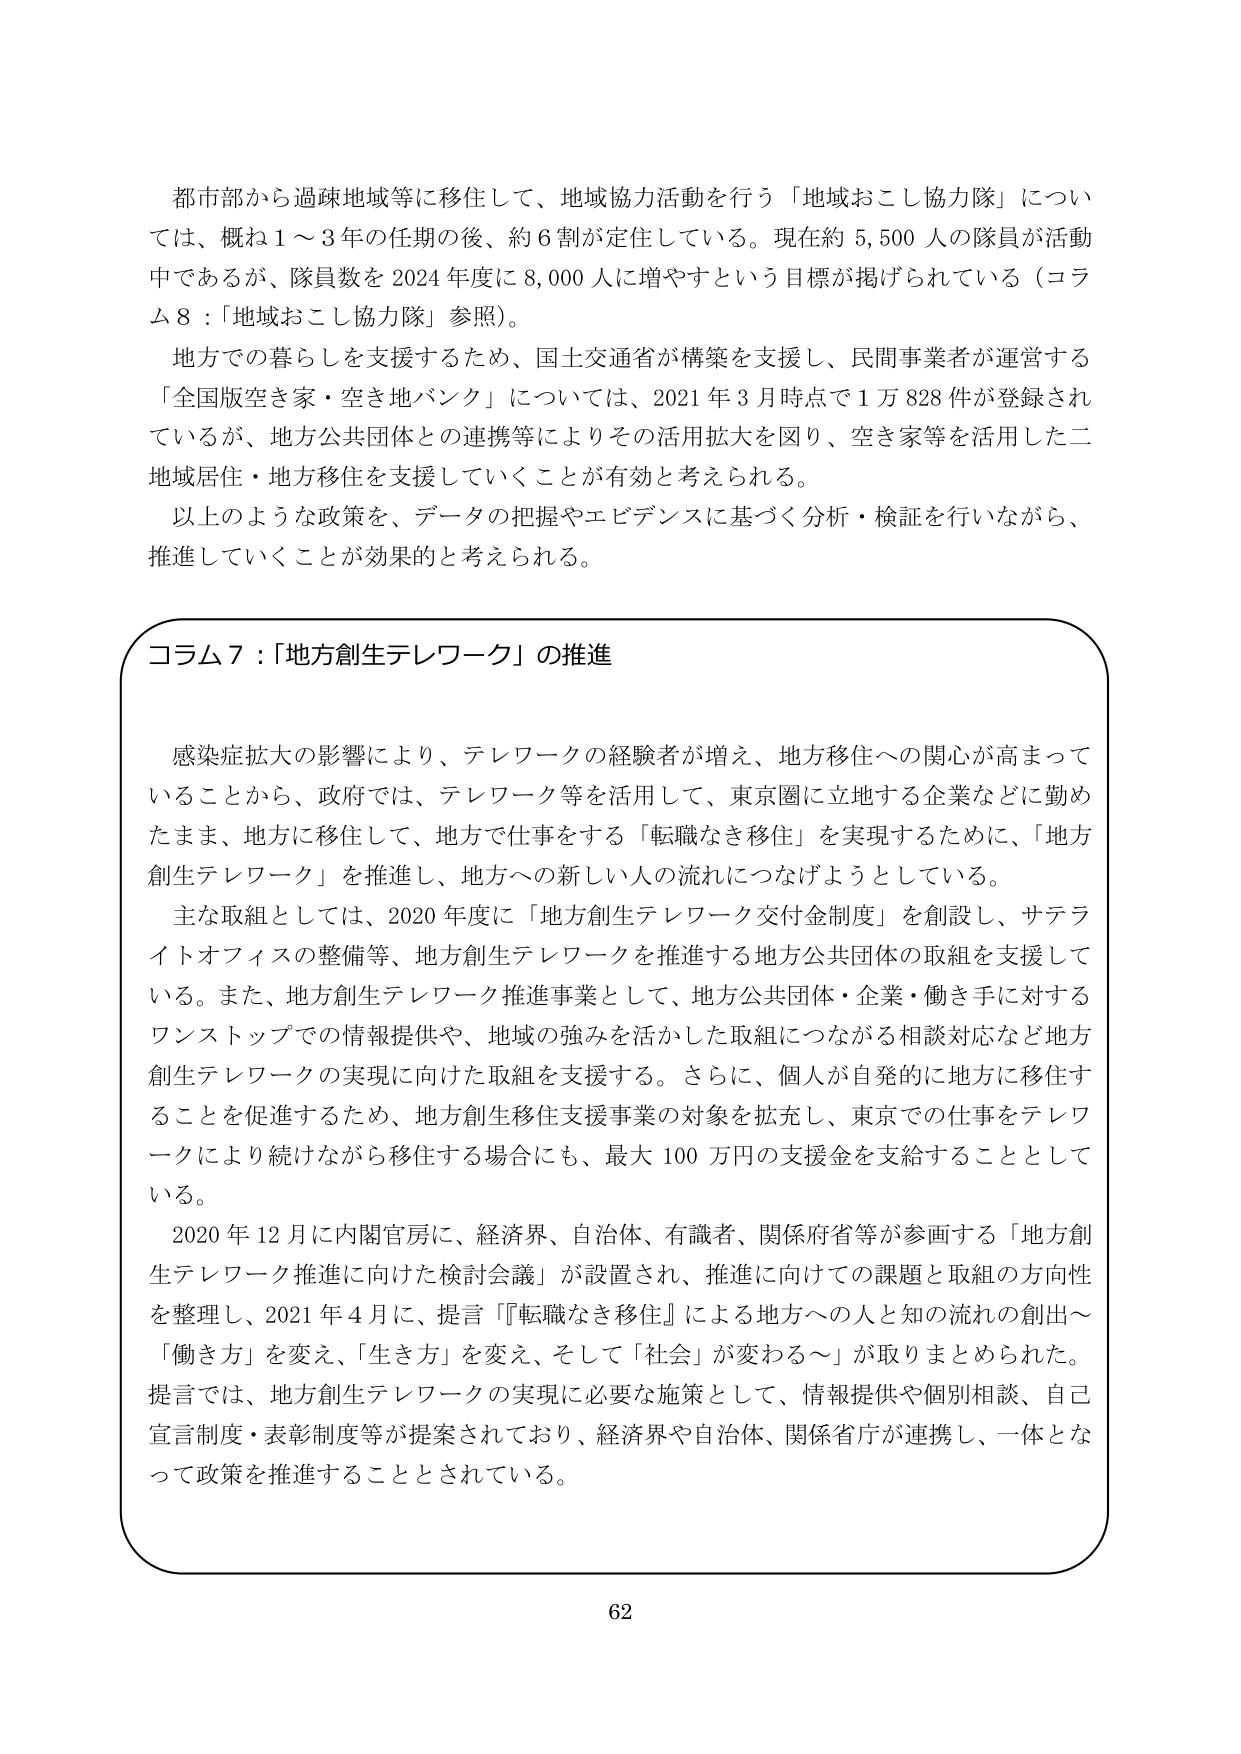
都市部から過疎地域等に移住して、地域協力活動を行う「地域おこし協力隊」については、概ね1～3年の任期の後、約6割が定住している。現在約5,500人の隊員が活動中であるが、隊員数を2024年度に8,000人に増やすという目標が掲げられている（コラム8：「地域おこし協力隊」参照）。

地方での暮らしを支援するため、国土交通省が構築を支援し、民間事業者が運営する「全国版空き家・空き地バンク」については、2021年3月時点で1万828件が登録されているが、地方公共団体との連携等によりその活用拡大を図り、空き家等を活用した二地域居住・地方移住を支援していくことが有効と考えられる。

以上のような政策を、データの把握やエビデンスに基づく分析・検証を行いながら、推進していくことが効果的と考えられる。

コラム7：「地方創生テレワーク」の推進

感染症拡大の影響により、テレワークの経験者が増え、地方移住への関心が高まっていることから、政府では、テレワーク等を活用して、東京圏に立地する企業などに勤めたまま、地方に移住して、地方で仕事をする「転職なき移住」を実現するために、「地方創生テレワーク」を推進し、地方への新しい人の流れにつなげようとしている。

主な取組としては、2020年度に「地方創生テレワーク交付金制度」を創設し、サテライトオフィスの整備等、地方創生テレワークを推進する地方公共団体の取組を支援している。また、地方創生テレワーク推進事業として、地方公共団体・企業・働き手に対するワンストップでの情報提供や、地域の強みを活かした取組につながる相談対応など地方創生テレワークの実現に向けた取組を支援する。さらに、個人が自発的に地方に移住することを促進するため、地方創生移住支援事業の対象を拡充し、東京での仕事をテレワークにより続けながら移住する場合にも、最大100万円の支援金を支給することとしている。

2020年12月に内閣官房に、経済界、自治体、有識者、関係府省等が参画する「地方創生テレワーク推進に向けた検討会議」が設置され、推進に向けての課題と取組の方向性を整理し、2021年4月に、提言「『転職なき移住』による地方への人と知の流れの創出～『働き方』を変え、「生き方」を変え、そして「社会」が変わる～」が取りまとめられた。提言では、地方創生テレワークの実現に必要な施策として、情報提供や個別相談、自己宣言制度・表彰制度等が提案されており、経済界や自治体、関係省庁が連携し、一体となって政策を推進することとされている。

62